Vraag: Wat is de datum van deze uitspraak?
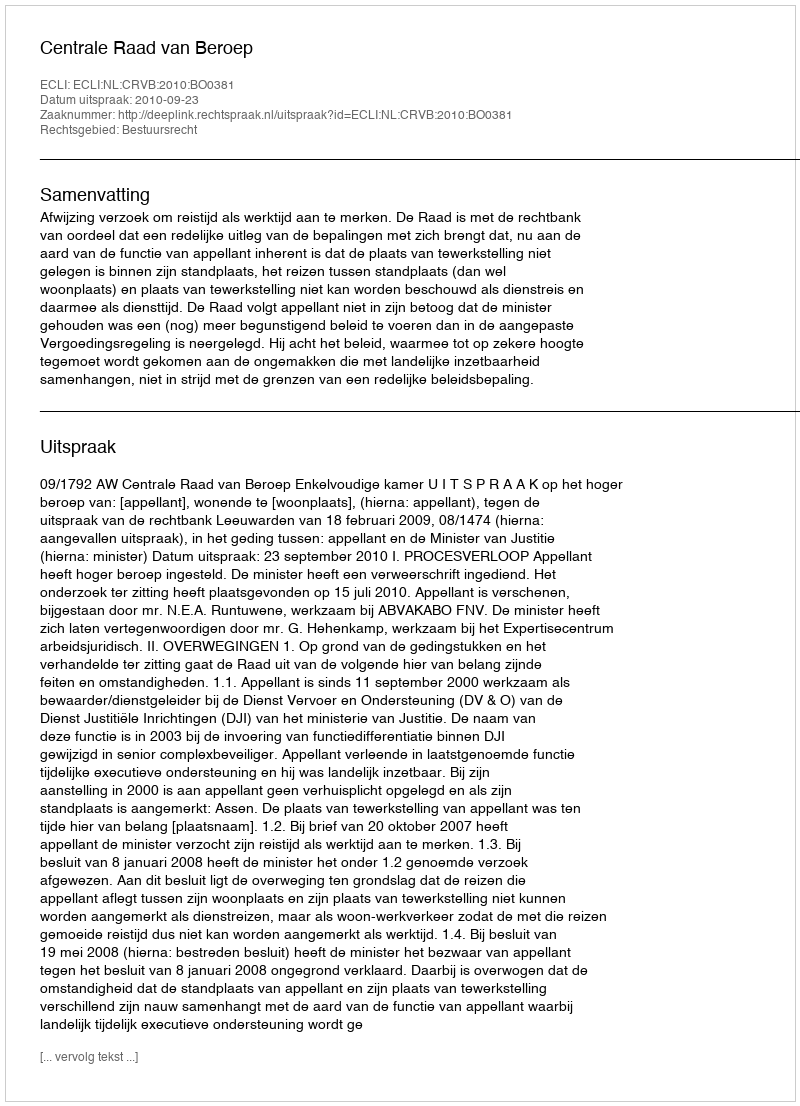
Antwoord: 2010-09-23